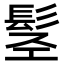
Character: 𩬣